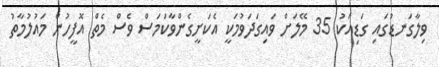
ވިލާގަނޑުގައި ގަޑިއަކު 35 މޭލަށް ވައިގަދަވުމަކީ އެކަށީގެންވާކަމަސް ވެސް މެތް އޮފީހުން މައުލުމާތު